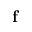
\mathbf { f }